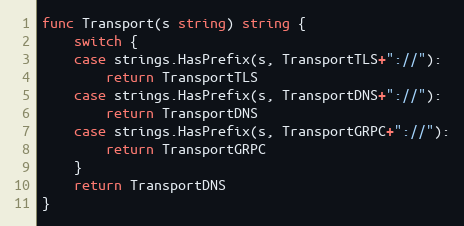
Language: Go
func Transport(s string) string {
	switch {
	case strings.HasPrefix(s, TransportTLS+"://"):
		return TransportTLS
	case strings.HasPrefix(s, TransportDNS+"://"):
		return TransportDNS
	case strings.HasPrefix(s, TransportGRPC+"://"):
		return TransportGRPC
	}
	return TransportDNS
}